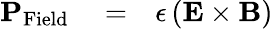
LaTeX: \begin{array}{rlr}{{\mathbf P}_{\mathrm{Field}}}&{{}=}&{\epsilon\left({\mathbf E}\times{\mathbf B}\right)}\end{array}